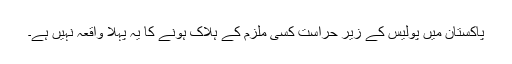
پاکستان میں پولیس کے زیرِ حراست کسی ملزم کے ہلاک ہونے کا یہ پہلا واقعہ نہیں ہے۔